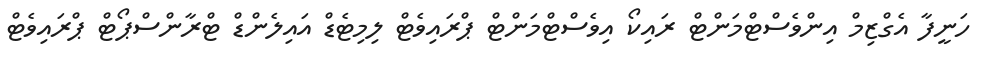
ހަނީފާ އެގްޒިމް އިންވެސްޓްމަންޓް ރައިކޯ އިވެސްޓްމަންޓް ޕްރައިވެޓް ލިމިޓެޑް އައިލެންޑް ޓްރާންސްޕޯޓް ޕްރައިވެޓް